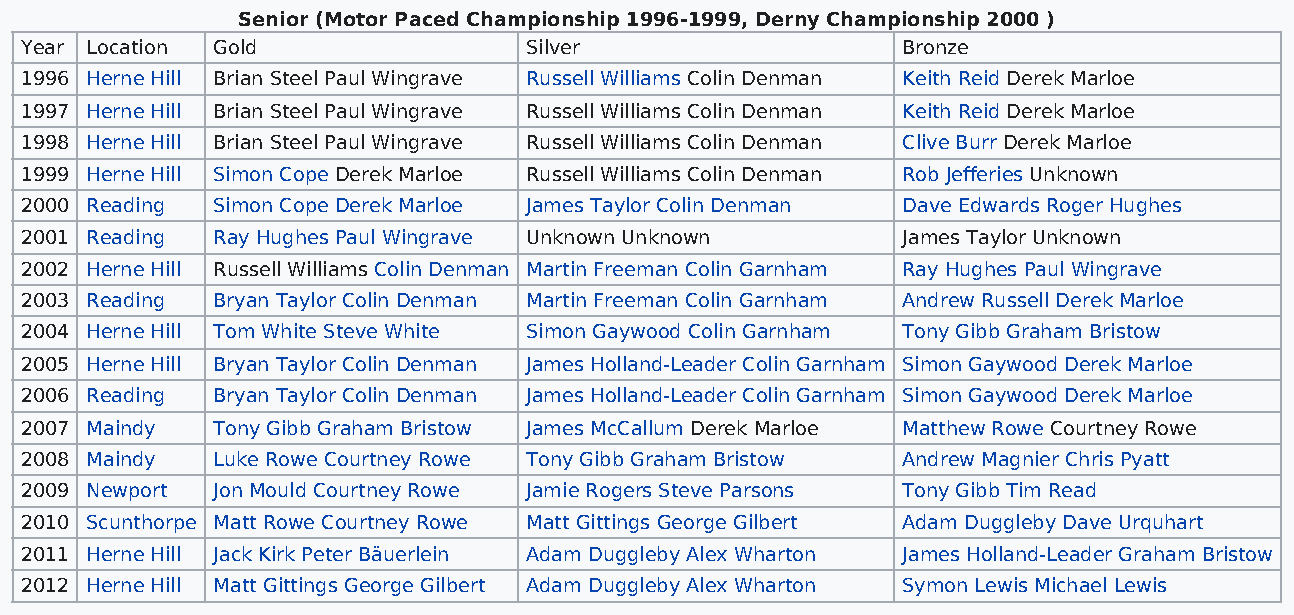
Senior (Motor Paced Championship 1996-1999, Derny Championship 2000 )
 Year Location Gold                Silver                   Bronze
 1996 Herne Hill Brian Steel Paul Wingrave Russell Williams Colin Denman Keith Reid Derek Marloe
 1997 Herne Hill Brian Steel Paul Wingrave Russell Williams Colin Denman Keith Reid Derek Marloe
 1998 Herne Hill Brian Steel Paul Wingrave Russell Williams Colin Denman Clive Burr Derek Marloe
 1999 Herne Hill Simon Cope Derek Marloe Russell Williams Colin Denman Rob Jefferies Unknown
 2000 Reading Simon Cope Derek Marloe James Taylor Colin Denman Dave Edwards Roger Hughes
 2001 Reading Ray Hughes Paul Wingrave Unknown Unknown      James Taylor Unknown
 2002 Herne Hill Russell Williams Colin Denman Martin Freeman Colin Garnham Ray Hughes Paul Wingrave
 2003 Reading Bryan Taylor Colin Denman Martin Freeman Colin Garnham Andrew Russell Derek Marloe
 2004 Herne Hill Tom White Steve White Simon Gaywood Colin Garnham Tony Gibb Graham Bristow
 2005 Herne Hill Bryan Taylor Colin Denman James Holland-Leader Colin Garnham Simon Gaywood Derek Marloe
 2006 Reading Bryan Taylor Colin Denman James Holland-Leader Colin Garnham Simon Gaywood Derek Marloe
 2007 Maindy  Tony Gibb Graham Bristow James McCallum Derek Marloe Matthew Rowe Courtney Rowe
 2008 Maindy  Luke Rowe Courtney Rowe Tony Gibb Graham Bristow Andrew Magnier Chris Pyatt
 2009 Newport Jon Mould Courtney Rowe Jamie Rogers Steve Parsons Tony Gibb Tim Read
 2010 Scunthorpe Matt Rowe Courtney Rowe Matt Gittings George Gilbert Adam Duggleby Dave Urquhart
 2011 Herne Hill Jack Kirk Peter Bäuerlein Adam Duggleby Alex Wharton James Holland-Leader Graham Bristow
 2012 Herne Hill Matt Gittings George Gilbert Adam Duggleby Alex Wharton Symon Lewis Michael Lewis